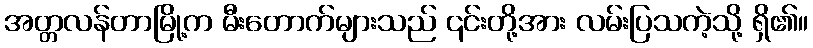
အတ္တလန်တာမြို့က မီးတောက်များသည် ၎င်းတို့အား လမ်းပြသကဲ့သို့ ရှိ၏။